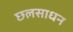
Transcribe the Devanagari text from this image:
छलसाधन